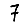
Digit: 7